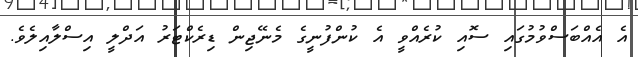
އެ އެއްބަސްވުމުގައި ސޮއި ކުރެއްވީ އެ ކުންފުނީގެ މެނޭޖިން ޑިރެކްޓަރު އަދްލީ އިސްލާއިލެވެ.